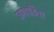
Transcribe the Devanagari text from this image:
जगपतिया